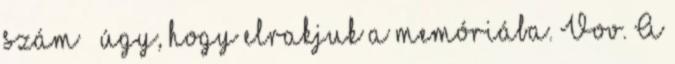
szám – úgy, hogy elrakjuk a memóriába. Vov. A